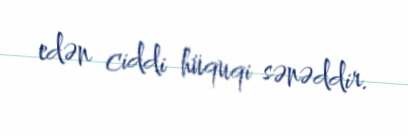
edən ciddi hüquqi sənəddir.